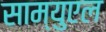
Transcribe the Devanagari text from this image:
साम्युएल